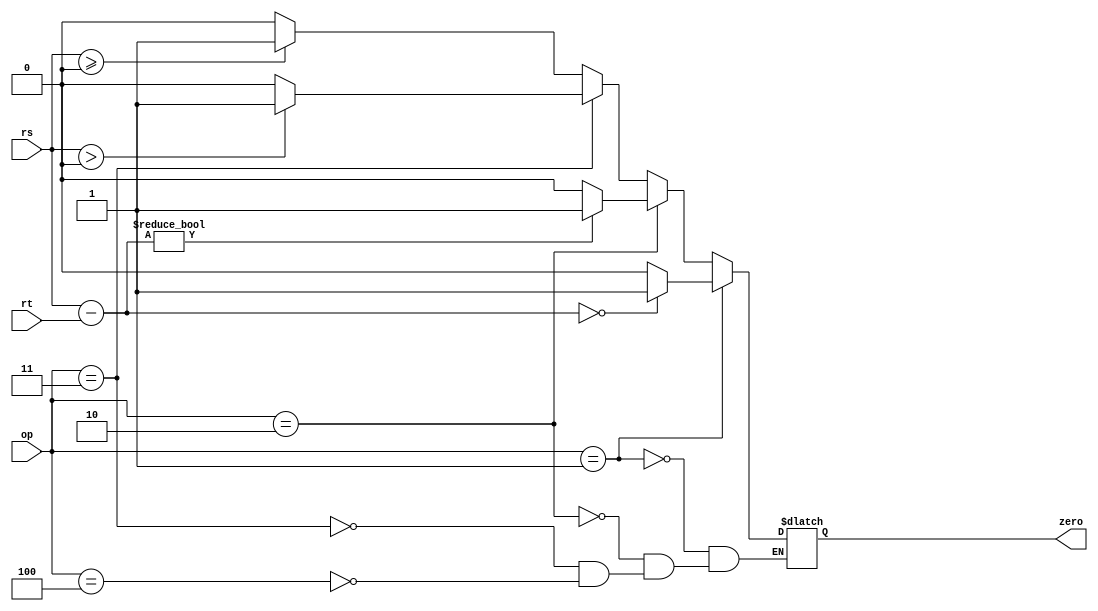


// file zero_detect.v

module zero_detect(
	input wire [31:0] rs,
	input wire [31:0] rt,
	input wire [2:0] op,
	output reg zero);
	
	initial begin
		zero = 0;
	end
	
	always @* begin
		if (op == 3'b001) begin //beq
			if (rs - rt == 0) begin
				zero <= 1;
			end else begin
				zero <= 0;
			end
		end else if (op == 3'b010) begin //bne
			if (rs - rt != 0) begin
				zero <= 1;
			end else begin
				zero <= 0;
			end
		end else if (op == 3'b011) begin //bgtz
			if (rs > 0) begin
				zero <= 1;
			end else begin
				zero <= 0;
			end
		end else if (op == 3'b100) begin //bgez
			if (rs >= 0) begin
				zero <= 1;
			end else begin
				zero <= 0;
			end
		end 
	end
endmodule